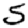
Digit: 5